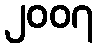
၂၀၀၇